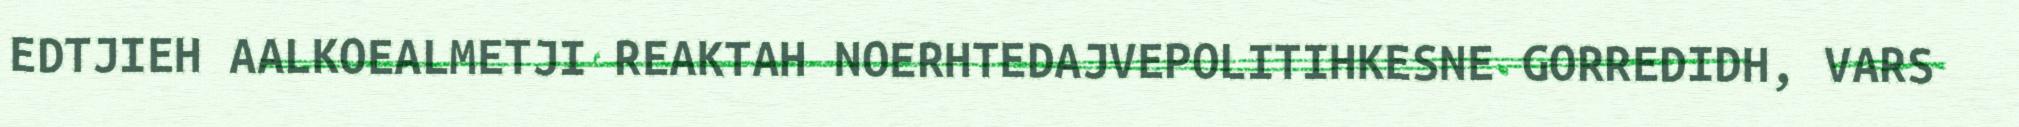
EDTJIEH AALKOEALMETJI REAKTAH NOERHTEDAJVEPOLITIHKESNE GORREDIDH, VARS